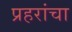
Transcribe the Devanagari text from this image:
प्रहरांचा